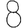
Digit: 8